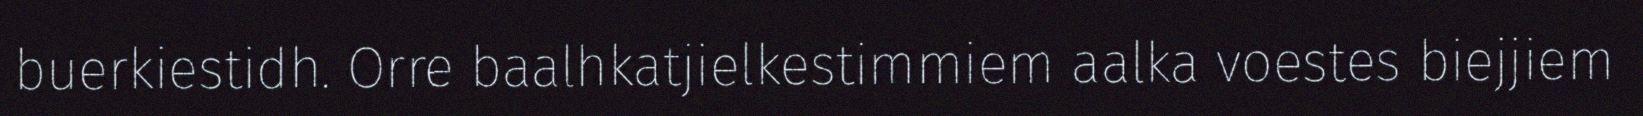
buerkiestidh. Orre baalhkatjielkestimmiem aalka voestes biejjiem